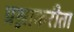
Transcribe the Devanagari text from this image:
प्रश्नाकरीता